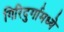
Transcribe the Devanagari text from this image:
गिरिदुर्गामध्ये